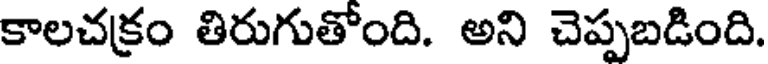
కాలచక్రం తిరుగుతోంది. అని చెప్పబడింది.